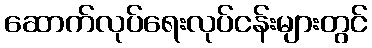
ဆောက်လုပ်ရေးလုပ်ငန်းများတွင်